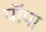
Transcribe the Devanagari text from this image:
पॉपा